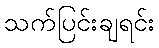
သက်ပြင်းချရင်း